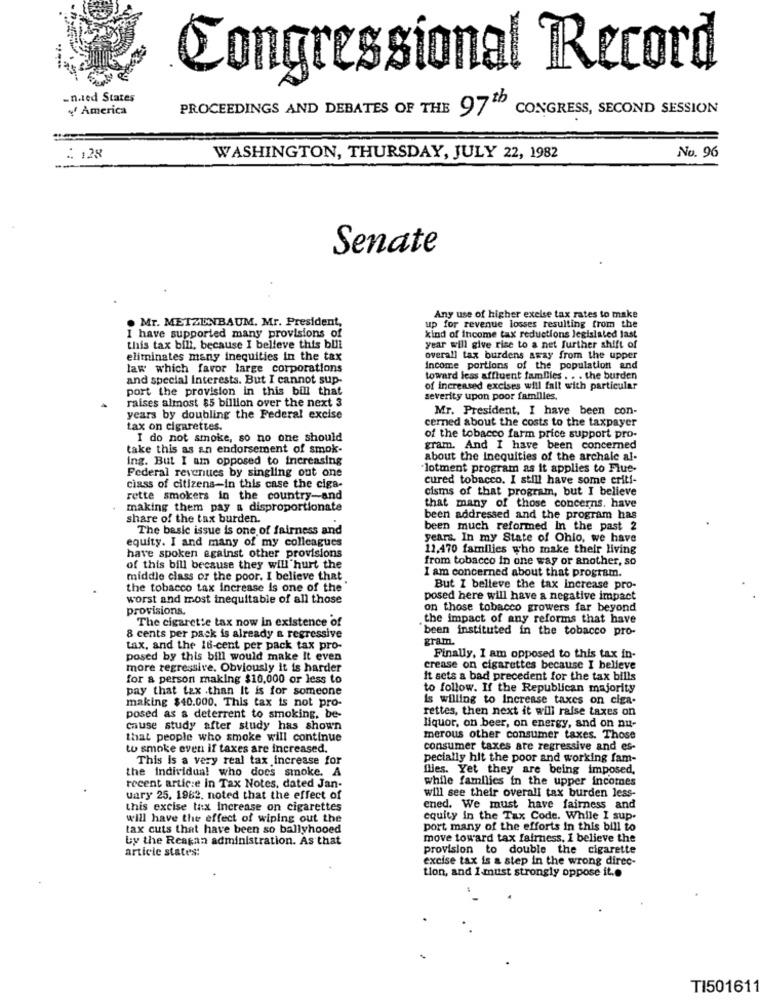
Congressional Record
.n.led States
America
PROCEEDINGS AND DEBATES OF THE 97 th
CONGRESS, SECOND SESSION
:. 128
WASHINGTON, THURSDAY, JULY 22, 1982
No. 96
Senate
. Mr. METZENBAUM. Mr. President,
Any use of higher excise tax rates to make
up for revenue losses resulting from the
I have supported many provisions of
kind of income tax reductions legislated last
this tax bill, because I believe this bill
year will give rise to a net further shift of
eliminates many inequities in the tax
overall tax burdens away from the upper
law which favor large corporations
income portions of the population and
and special interests. But I cannot sup-
toward less affluent famDies . . . the burden
port the provision in this bill that
of increased excises will fall with particular
raises almost $5 billion over the next 3
severity upon poor familles.
Mr. President, I have been con-
years by doubling the Federal excise
cerned about the costs to the taxpayer
tax on cigarettes.
I do not smoke, so no one should
of the tobacco farm price support pro-
take this as an endorsement of smok-
gram. And I have been concerned
ing. But I am opposed to increasing
about the Inequities of the archale al-
lotment program as it applies to Flue-
Federal revenues by singling out one
cured tobacco. I still have some criti-
class of citizens-in this case the cigs-
cisms of that program, but I believe
rette smokers in the country-and
making them pay a disproportionate
that many of those concerns. have
share of the tax burden.
been addressed and the program has
The basic issue is one of fairness and
been much reformed In the past 2
equity. I and many of my colleagues
years. In my State of Ohio, we have
12,470 families who make their living
have spoken against other provisions
from tobacco in one way or another, so
of this bill because they will hurt the
I am concerned about that program.
middle class or the poor. I believe that
the tobacco tax increase is one of the
But I believe the tax increase pro-
worst and most inequitable of all those
posed here will have a negative impact
provisions.
on those tobacco growers far beyond
The cigarette tax now in existence of
the impact of any reforms that have
"been instituted in the tobacco pro-
8 cents per pack is already a regressive
gram.
tax, and the 16-cent per pack tax pro-
posed by this bill would make It even
Finally, I am opposed to this tax in-
more regressive. Obviously it is harder
crease on cigarettes because I believe
for a person making $10,000 or less to
It sets a bad precedent for the tax bills
pay that tax .than It is for someone
to follow. If the Republican majority
making $40.000. This tax is not pro-
is willing to Increase taxes on ciga.
rettes, then next it will raise taxes on
posed as a deterrent to smoking, be-
cause study after study has shown
liquor, on beer, on energy, and on nu-
that people who smoke will continue
merous other consumer taxes. Those
to smoke even if taxes are increased.
consumer taxes are regressive and es-
This Is a very real tax increase for
pecially hit the poor and working fam-
the Individual who does smoke. A
flies. Yet they are being imposed,
while families in the upper incomes
recent artic:e in Tax Notes, dated Jan-
uary 25. 1982. noted that the effect of
will see their overall tax burden less-
this excise tax Increase on cigarettes
ened. We must have fairness and
will have the effect of wiping out the
equity in the Tax Code. While I sup.
tax cuts that have been so ballyhooed
port many of the efforts in this bill to
Ly the Reagan administration. As that
move toward tax fairness, I believe the
article states:
provision to double the cigarette
excise tax is a step in the wrong direc-
tion, and I must strongly oppose it ..
TI501611